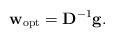
LaTeX: \begin{align*}\mathbf{w}_{\mathrm{opt}}=\mathbf{D}^{-1}\mathbf{g}.\end{align*}